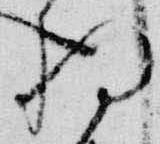
将